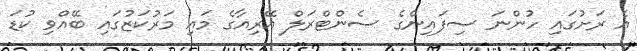
އެ ރަށުގައި ހުންނަ ސިފައިންގެ ސެންޓްރަލް އޭރިއާގެ މައި މަރުކަޒުގައި ބޭއްވި ކުޑަ